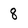
Character: 8